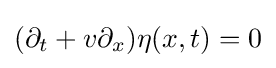
(\partial _{t}+v\partial _{x})\eta (x,t)=0